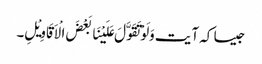
جیسا کہ آیت وَلَوْتَقَوَّلَ عَلَیْنَا بَعْضَ الْاَقَاوِیْلِ۔